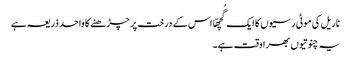
ناریل کی موٹی رسیوں کا ایک گُچھّا اس کے درخت پر چڑھنے کا واحد ذریعہ ہے
یہ چنوتیوں بھرا وقت ہے۔